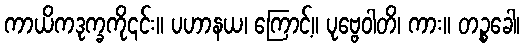
ကာယိကဒုက္ခကို၎င်း။ ပဟာနယ၊ ကြောင့်။ ပုဗ္ဗေဝါတိ၊ ကား။ တဉ္စခေါ၊